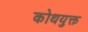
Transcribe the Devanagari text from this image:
कोथयुक्त